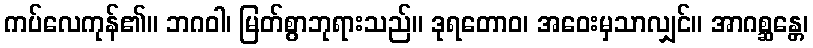
ကပ်လေကုန်၏။ ဘဂဝါ၊ မြတ်စွာဘုရားသည်။ ဒုရတောဝ၊ အဝေးမှသာလျှင်။ အာဂစ္ဆန္တေ၊